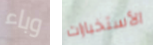
وباء الأستخبارات